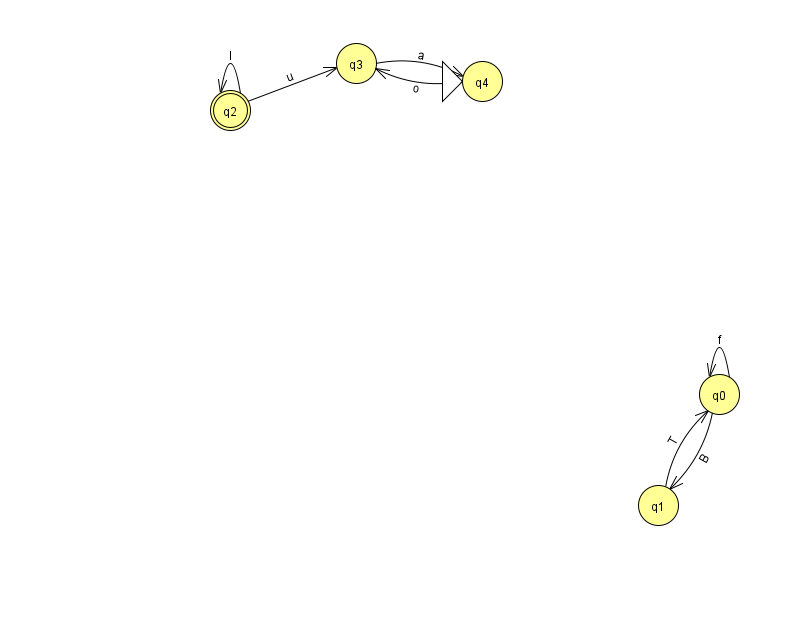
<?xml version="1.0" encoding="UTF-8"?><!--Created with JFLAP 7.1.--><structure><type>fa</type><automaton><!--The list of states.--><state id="0" name="q0"><x>719.0</x><y>381.0</y></state><state id="1" name="q1"><x>658.0</x><y>492.0</y></state><state id="2" name="q2"><x>230.0</x><y>97.0</y><final/></state><state id="3" name="q3"><x>356.0</x><y>50.0</y></state><state id="4" name="q4"><x>482.0</x><y>68.0</y><initial/></state><!--The list of transitions.--><transition><from>0</from><to>1</to><read>B</read></transition><transition><from>1</from><to>0</to><read>T</read></transition><transition><from>2</from><to>3</to><read>u</read></transition><transition><from>0</from><to>0</to><read>f</read></transition><transition><from>3</from><to>4</to><read>a</read></transition><transition><from>2</from><to>2</to><read>I</read></transition><transition><from>4</from><to>3</to><read>o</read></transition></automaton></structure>